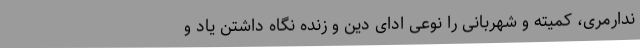
ندارمری، کمیته و شهربانی را نوعی ادای دین و زنده نگاه داشتن یاد و